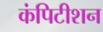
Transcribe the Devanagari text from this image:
कंपिटीशन